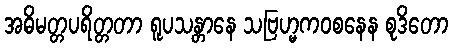
အဓိမတ္တပရိတ္တတာ ရူပသန္တာနေ သဗြဟ္မကဝစနေန စုဒိတော